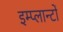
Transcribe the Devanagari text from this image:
इम्प्लान्टों